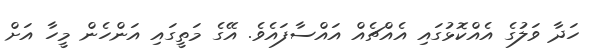
ހަދާ ވަލުގެ އެއްކޮޅުގައި އެއްޗެއް އައްސާފައެވެ. އޭގެ މަތީގައި އަންހެން މީހާ އަށް